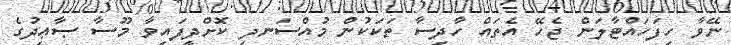
ނޭވާ ހިފަހައްޓާލަން ޖެހޭ އެތައް ހާދިސާ ތަކަކުން މުއްސަނދި ކޮށްދީފައިވާ މޫސާ ޞާޢިދުގެ